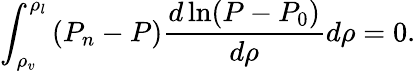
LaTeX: \int_{\rho_{v}}^{\rho_{l}}\left(P_{n}-P\right)\frac{d\ln(P-P_{0})}{d\rho}d\rho=0.